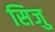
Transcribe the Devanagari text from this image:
सिजु